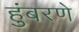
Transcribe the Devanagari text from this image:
हुंबरणे